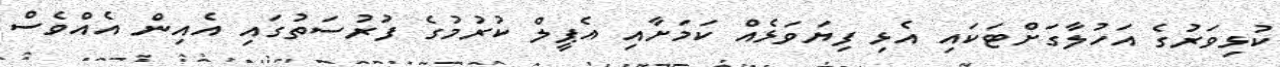
ކުޅިވަރުގެ އަހުލާގަށްޓަކައި އެޅި ފިޔަވަޅެއް ކަމަށާއި އެޕީލް ކުރުމުގެ ފުރުސަތުގައި އެއިން އެއްވެސް